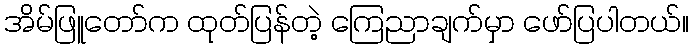
အိမ်ဖြူတော်က ထုတ်ပြန်တဲ့ ကြေညာချက်မှာ ဖော်ပြပါတယ်။